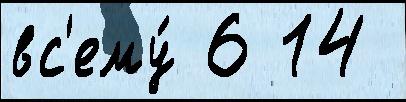
вс'ему́ 6 14